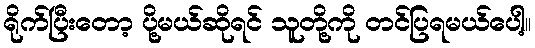
ရိုက်ပြီးတော့ ပို့မယ်ဆိုရင် သူတို့ကို တင်ပြရမယ်ပေါ့။